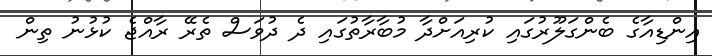
އިންޑިއާގެ ބެންގަލޫރުގައި ކުރިއަށްދާ މުބާރާތުގައި ދެ ދުވަސް ތެރޭ ރާއްޖެ ކުޅުނު ތިން